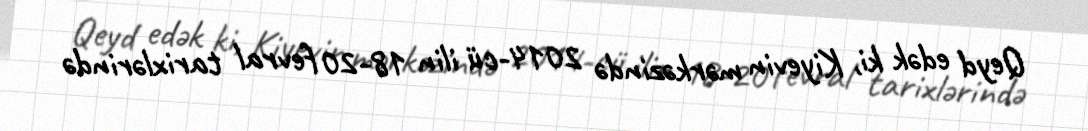
Qeyd edək ki, Kiyevin mərkəzində 2014-cü ilin 18-20 fevral tarixlərində